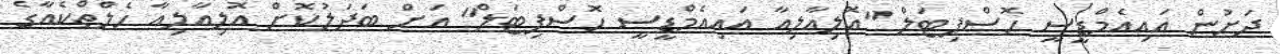
ދަށުން އައިއެމްޑީސީ ހޮސްޕިޓަލް "އޮލިއާލިއާ އައިއެމްޑީސީ ހޮސްޕިޓަލް" އަށް ބަދަލުކޮށް އޮލިއާލިއާ ހެލްތްކެއާގެ